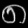
Digit: ၈